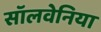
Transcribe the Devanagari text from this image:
सॉलवेनिया